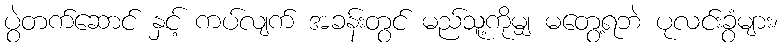
ပွဲတက်ဆောင် နှင့် ကပ်လျက် အခန်းတွင် မည်သူ့ကိုမျှ မတွေ့ရဘဲ ပုလင်းခွံများ၊